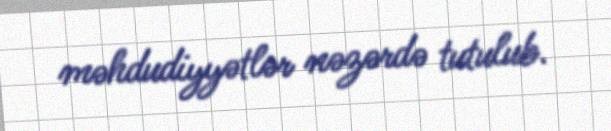
məhdudiyyətlər nəzərdə tutulub.